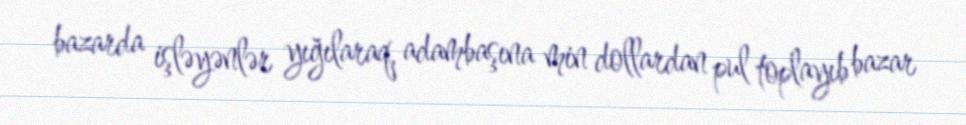
bazarda işləyənlər yığılaraq, adambaşına min dollardan pul toplayıb bazar